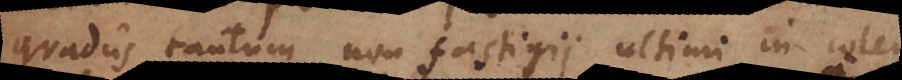
gradus tantum non fastigii ultimi in cole